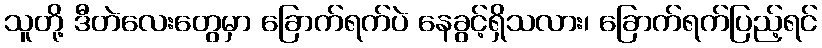
သူတို့ ဒီတဲလေးတွေမှာ ခြောက်ရက်ပဲ နေခွင့်ရှိသလား၊ ခြောက်ရက်ပြည့်ရင်